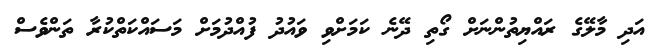
އަދި މާލޭގެ ރައްޔިތުންނަށް ގޯތި ދޭނެ ކަމަށްވި ވައުދު ފުއްދުމަށް މަސައްކަތްކުރާ ތަންވެސް